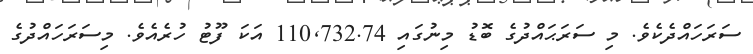
ސަރަހައްދެކެވެ. މި ސަރަޙައްދުގެ ބޮޑު މިނުގައި 110